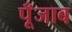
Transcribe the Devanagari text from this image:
पूँजाब